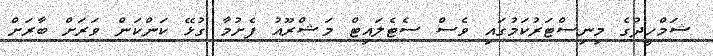
ޝަމްހީދުގެ މިނިސްޓަރުކަމުގައި ވެސް ސެޓެލައިޓް މަޝްރޫއު ފެށުމާ ގުޅޭ ކަންކަން ވަރަށް ބާރަށް